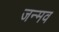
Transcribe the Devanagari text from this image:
जन्मव